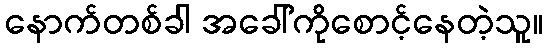
နောက်တစ်ခါ အခေါ်ကိုစောင့်နေတဲ့သူ။